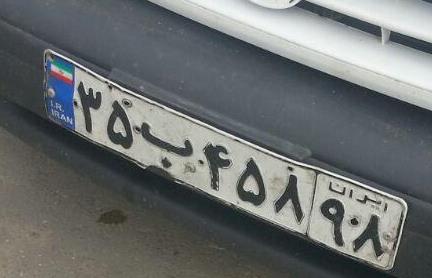
۳۵ب۴۵۸۹۸